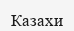
Казахи